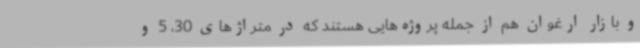
و بازار ارغوان هم از جمله پروژه‌هایی هستند که در متراژهای 30، 5 و